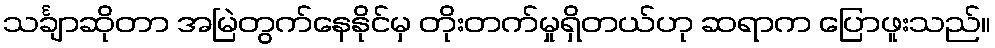
သင်္ချာဆိုတာ အမြဲတွက်နေနိုင်မှ တိုးတက်မှုရှိတယ်ဟု ဆရာက ပြောဖူးသည်။